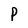
Character: P